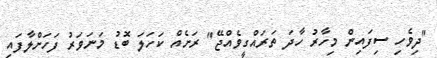
"ދިވެހި ސިފައިން މިހާރު ހާދަ ތަރައްގީވެއްޖޭ" ރަށެއް ކަހަލަ ބޮޑު މަނަވަރު ފަހަށްލާފައި